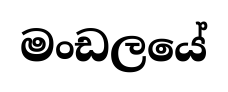
මංඩලයේ